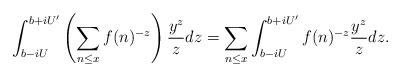
LaTeX: \begin{align*}\int_{b-iU}^{b+iU^{\prime}} \left( \sum_{n \leq x} f(n)^{-z} \right) \frac{y^z}{z} dz= \sum_{n \leq x} \int_{b-iU}^{b+iU^{\prime}} f(n)^{-z} \frac{y^z}{z} dz.\end{align*}